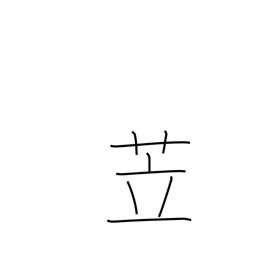
Meaning: pigsty